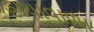
હાથાવાળા